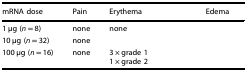
<table><thead><tr><td><b>mRNA dose</b></td><td><b>Pain</b></td><td><b>Erythema</b></td><td><b>Edema</b></td></tr></thead><tbody><tr><td>1 μg (<i>n</i> = 8)</td><td>none</td><td>none</td><td>[EMPTY_CELL]</td></tr><tr><td>10 μg (<i>n</i> = 32)</td><td>none</td><td>[EMPTY_CELL]</td><td>[EMPTY_CELL]</td></tr><tr><td>100 μg (<i>n</i> = 16)</td><td>none</td><td>3 × grade 11 × grade 2</td><td>[EMPTY_CELL]</td></tr></tbody></table>